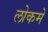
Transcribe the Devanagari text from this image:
लोकमे